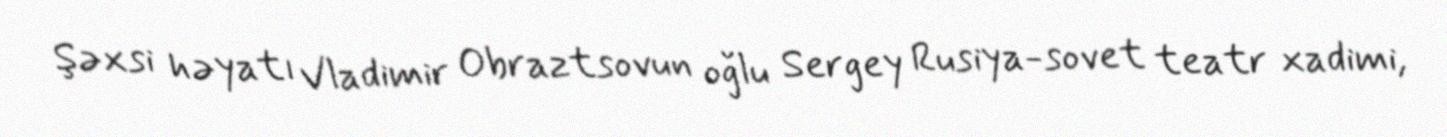
Şəxsi həyatı Vladimir Obraztsovun oğlu Sergey Rusiya-sovet teatr xadimi,